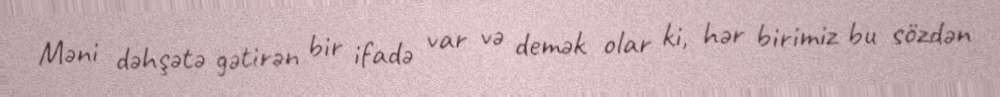
Məni dəhşətə gətirən bir ifadə var və demək olar ki, hər birimiz bu sözdən